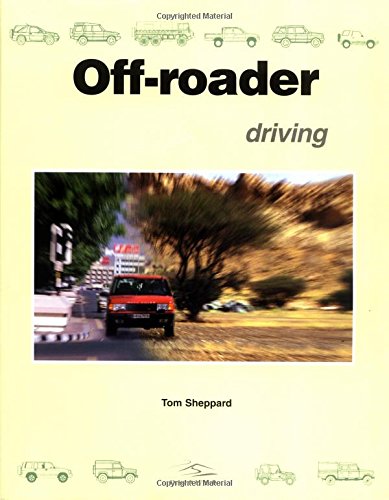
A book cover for Off-Roader Driving, Edition 1.2; Tom Sheppard; Test Preparation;